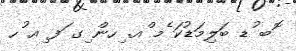
ޮބ ުޑ ބަލިމަޑުކަ ެމ ްއ. ިހން ިގ ަފ ިއ ުހ